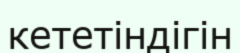
кететіндігін